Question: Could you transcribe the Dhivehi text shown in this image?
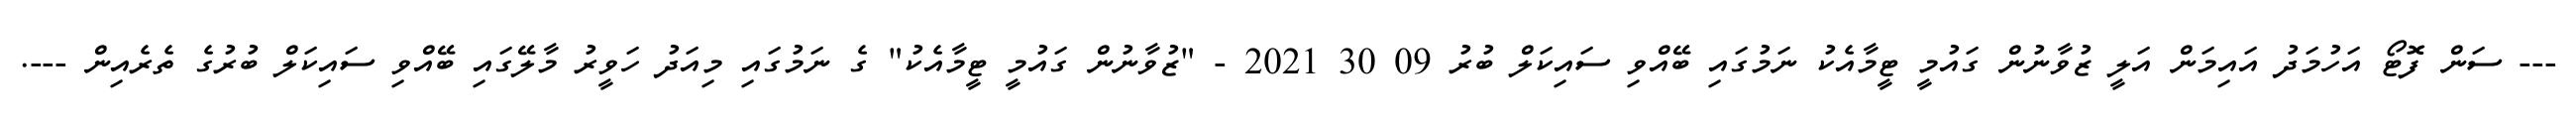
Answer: --- ސަން ފޮޓޯ އަހުމަދު އައިމަން އަލީ ޒުވާނުން ގައުމީ ޓީމާއެކު ނަމުގައި ބޭއްވި ސައިކަލް ބުރު 09 30 2021 - "ޒުވާނުން ގައުމީ ޓީމާއެކު" ގެ ނަމުގައި މިއަދު ހަވީރު މާލޭގައި ބޭއްވި ސައިކަލް ބުރުގެ ތެރެއިން ---.